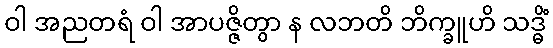
ဝါ အညတရံ ဝါ အာပဇ္ဇိတွာ န လဘတိ ဘိက္ခူဟိ သဒ္ဓိံ